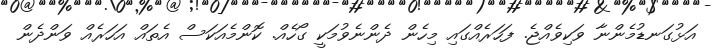
އަޅުގަނޑުމެންނާ ވަކިވެއްޖެ. ފަހަރެއްގައި މިހެން ދެންނެވުމަކީ ގޯހެއް. ކޮންމެއަކަސް އެތައް އަހަރެއް ވަންދެން